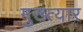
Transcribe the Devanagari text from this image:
मुख्त्यार